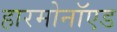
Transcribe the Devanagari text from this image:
हारमोनॉएड